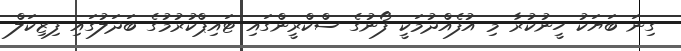
ގިނަ ބަޔަކު ހީނުކުރާ މި އުފެއްދުމަކީ ފޯނުގެ ސްކްރީންގައި ޓައިޕްކުރުމުގެ ބަދަލުގައި ފިޒިކަލް